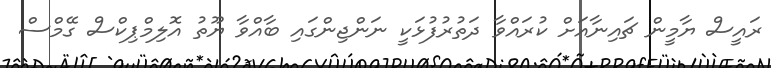
ރައީސް ޔާމީން ޗައިނާއަށް ކުރައްވާ ދަތުރުފުޅަކީ ނަންޖިންގައި ބާއްވާ ޔޫތު އޮލިމްޕިކްސް ގޭމްސް